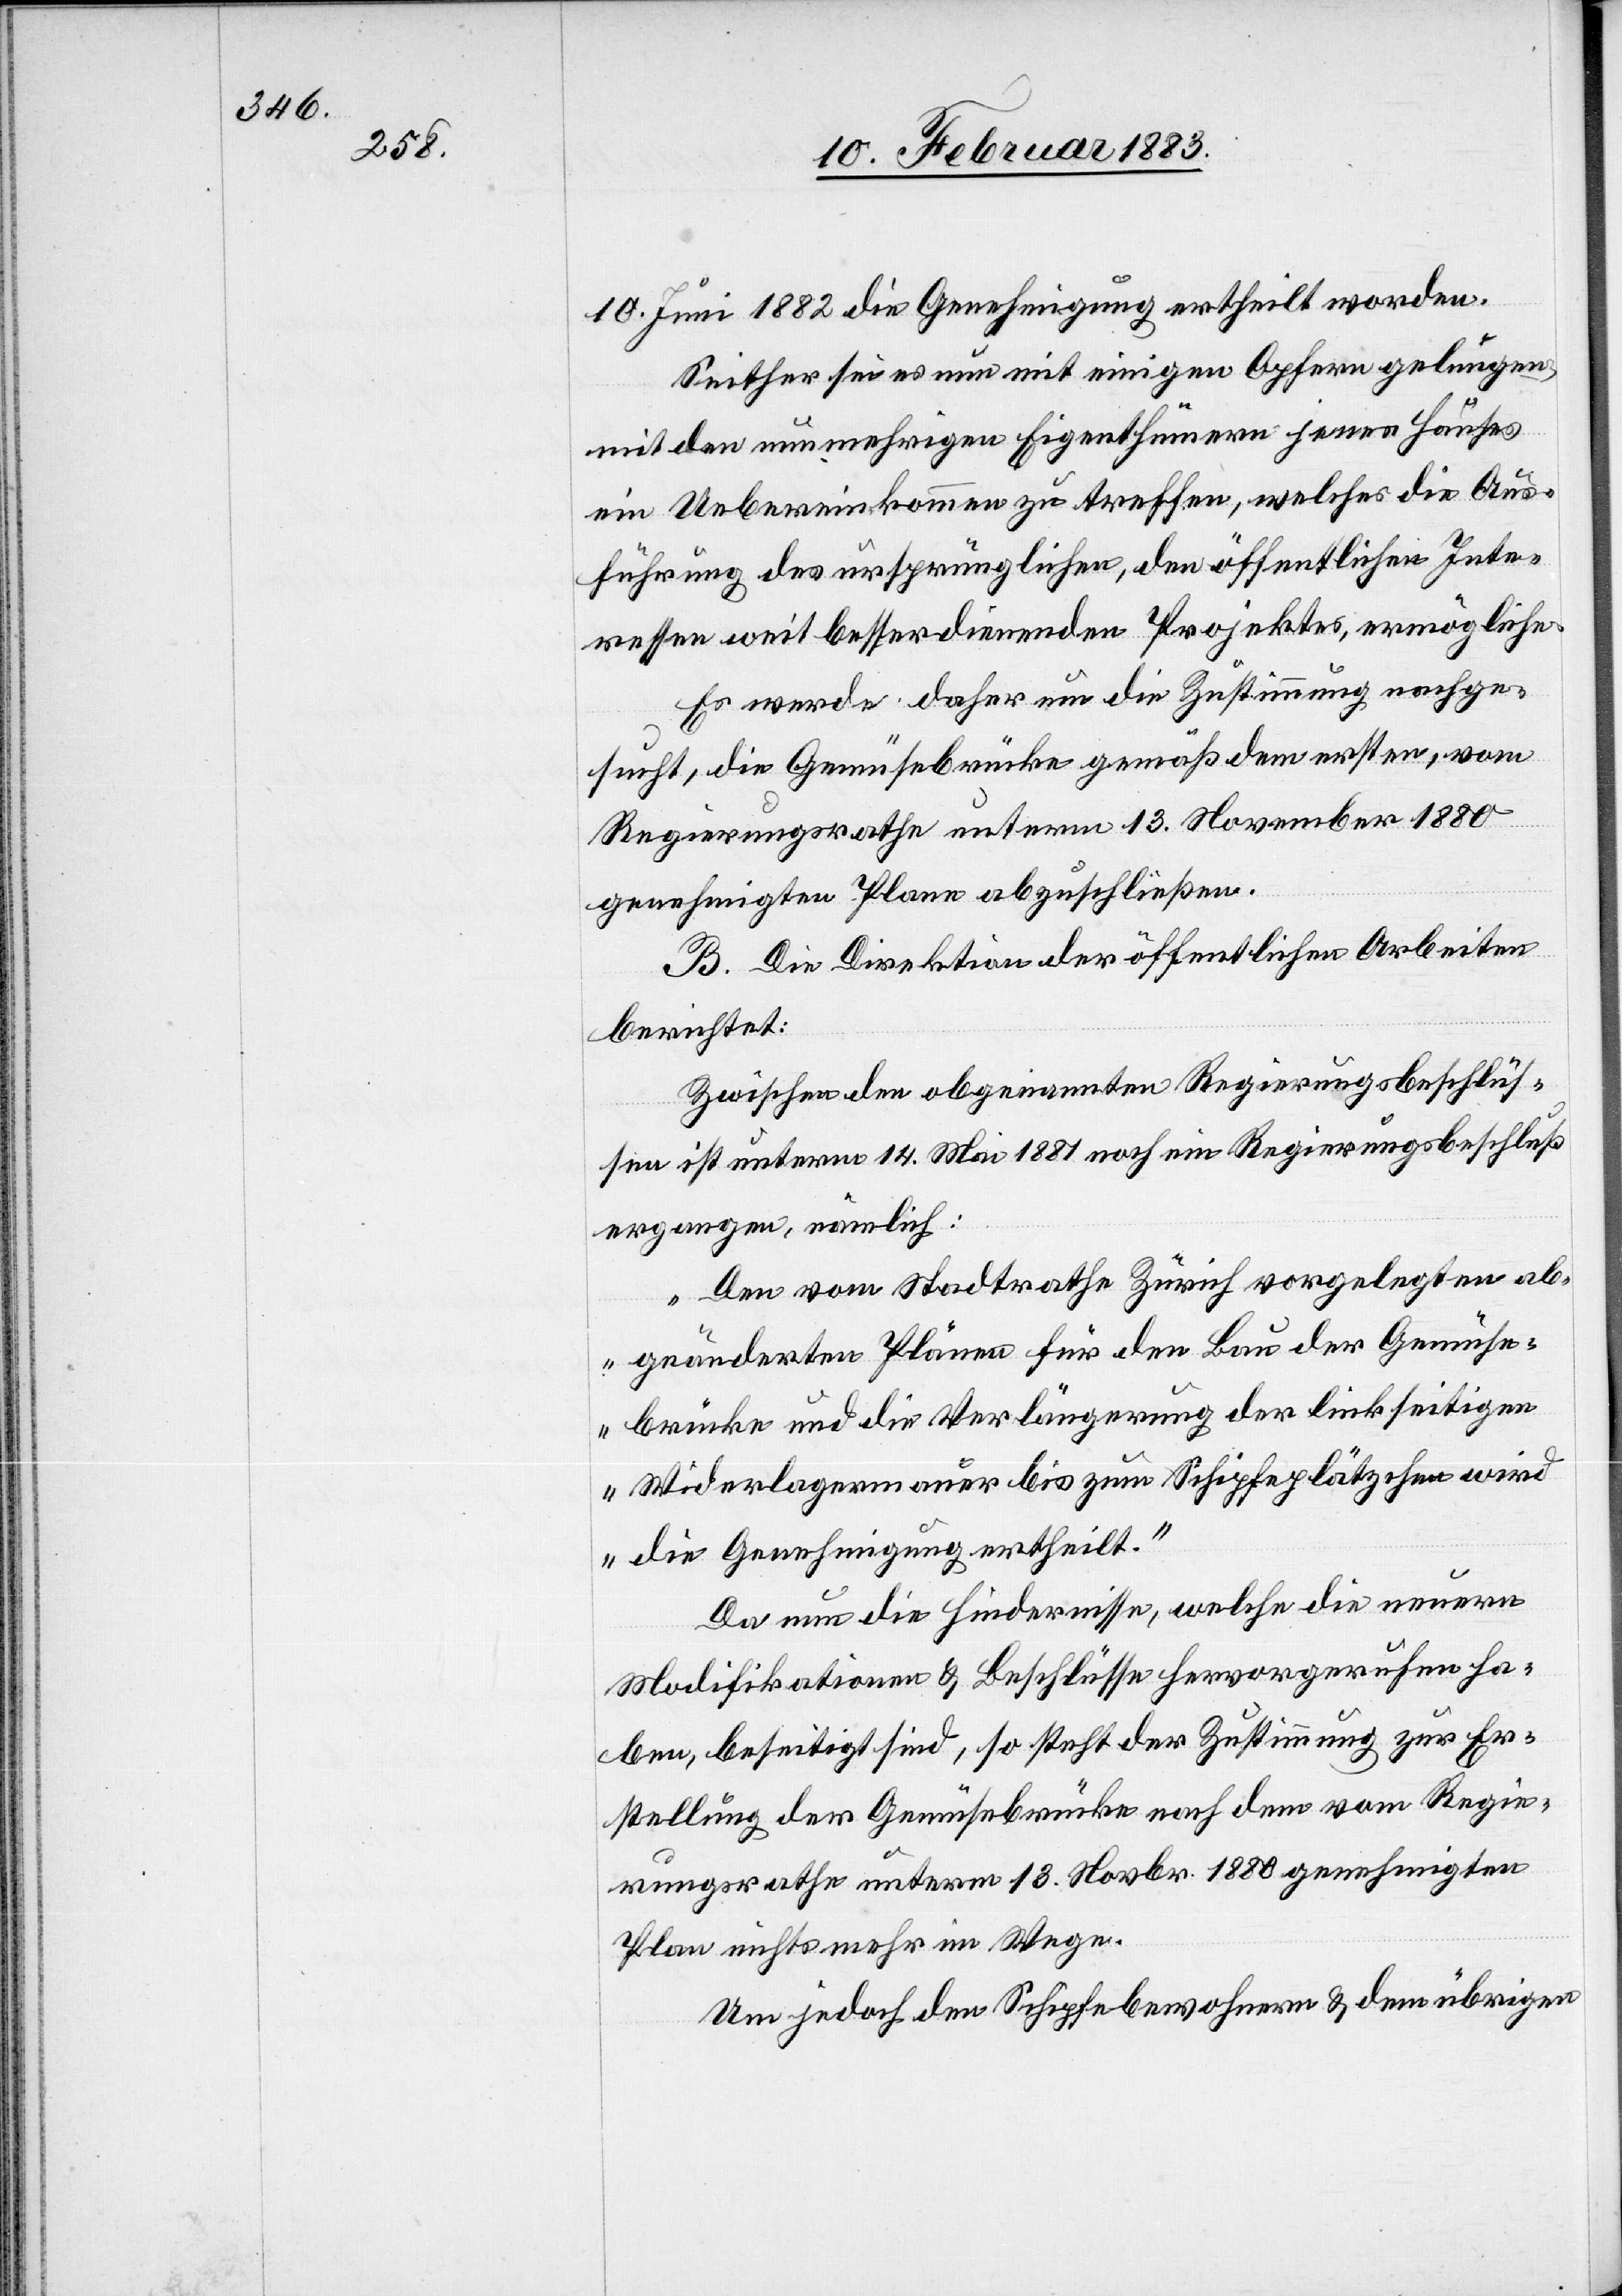
10. Juni 1882 die Genehmigung ertheilt worden.
Seither sei es nun mit einigen Opfern gelungen,
mit den nunmehrigen Eigenthümern jenes Hauses
ein Uebereinkommen zu treffen welches die Aus¬
führung des ursprünglichen, den öffentlichen Inte¬
ressen weit besserdienenden Projektes, ermögliche.
Es werde daher um die Zustimmung nachge¬
sucht, die Gemüsebrücke gemäß dem ersten, vom
Regierungsrathe unterm 13. November 1880
genehmigten Plane abzuschließen.
B. Die Direktion der öffentlichen Arbeiten
berichtet:
Zwischen den obgenannten Regierungsbeschlüs¬
sen ist unterm 14. Mai 1881 noch ein Regierungsbeschluß
ergangen, nämlich:
„Den vom Stadtrathe Zürich vorgelegten ab¬
geänderten Plänen für den Bau der Gemüse¬
brücke und die Verlängerung der linkseitigen
Widerlagermauer bis zum Schipfeplätzchen wird
die Genehmigung ertheilt.“
Da nun die Hindernisse, welche die neuern
Modifikationen & Beschlüsse hervorgerufen ha¬
ben, beseitigt sind, so steht der Zustimmung zur Er¬
stellung der Gemüsebrücke nach dem vom Regie¬
rungsrathe unterm 13. Novbr. 1880 genehmigten
Plan nichts mehr im Wege.
Um jedoch den Schipfebewohnern & dem übrigen